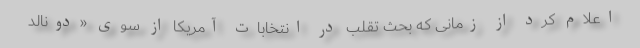
اعلام کرد از زمانی که بحث تقلب در انتخابات آمریکا از سوی «دونالد